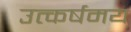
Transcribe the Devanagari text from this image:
उत्कर्षमय